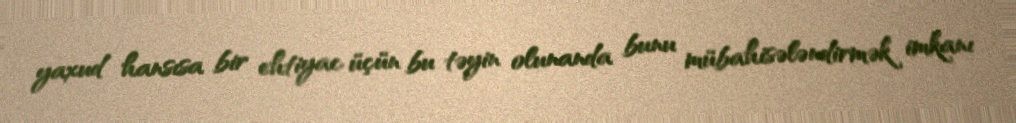
yaxud hansısa bir ehtiyac üçün bu təyin olunanda bunu mübahisələndirmək imkanı